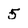
Character: 5